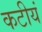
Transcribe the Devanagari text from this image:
कटीयं